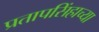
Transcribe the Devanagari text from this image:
प्रतापसिंहाच्या